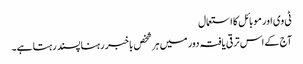
ٹی وی اور موبائل کا استعمال
آج کے اس ترقی یافتہ دور میں ہر شخص باخبر رہنا پسند رہتا ہے۔